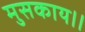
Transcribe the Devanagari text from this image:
मुसकाय।।